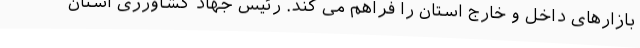
بازارهای داخل و خارج استان را فراهم می کند. رئیس جهاد کشاورزی استان